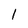
Character: 1